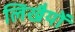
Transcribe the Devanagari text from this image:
लिखैयों